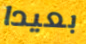
بعيدا